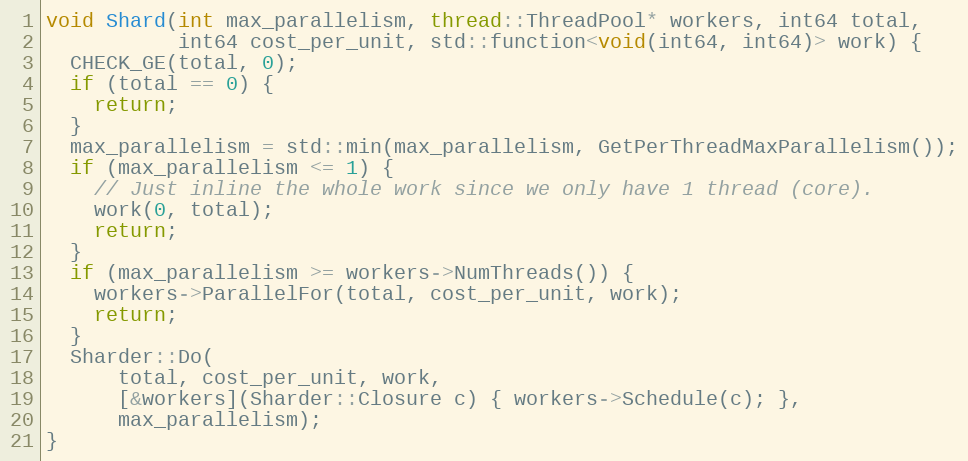
Language: C++
void Shard(int max_parallelism, thread::ThreadPool* workers, int64 total,
           int64 cost_per_unit, std::function<void(int64, int64)> work) {
  CHECK_GE(total, 0);
  if (total == 0) {
    return;
  }
  max_parallelism = std::min(max_parallelism, GetPerThreadMaxParallelism());
  if (max_parallelism <= 1) {
    // Just inline the whole work since we only have 1 thread (core).
    work(0, total);
    return;
  }
  if (max_parallelism >= workers->NumThreads()) {
    workers->ParallelFor(total, cost_per_unit, work);
    return;
  }
  Sharder::Do(
      total, cost_per_unit, work,
      [&workers](Sharder::Closure c) { workers->Schedule(c); },
      max_parallelism);
}